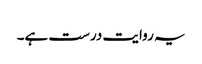
یہ روایت درست ہے۔